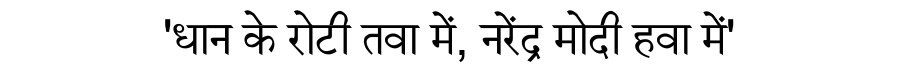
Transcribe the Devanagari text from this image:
'धान के रोटी तवा में, नरेंद्र मोदी हवा में'